Punjab Mental Hospital Lahore 1922-31 - 1922-1931
Year: 1922
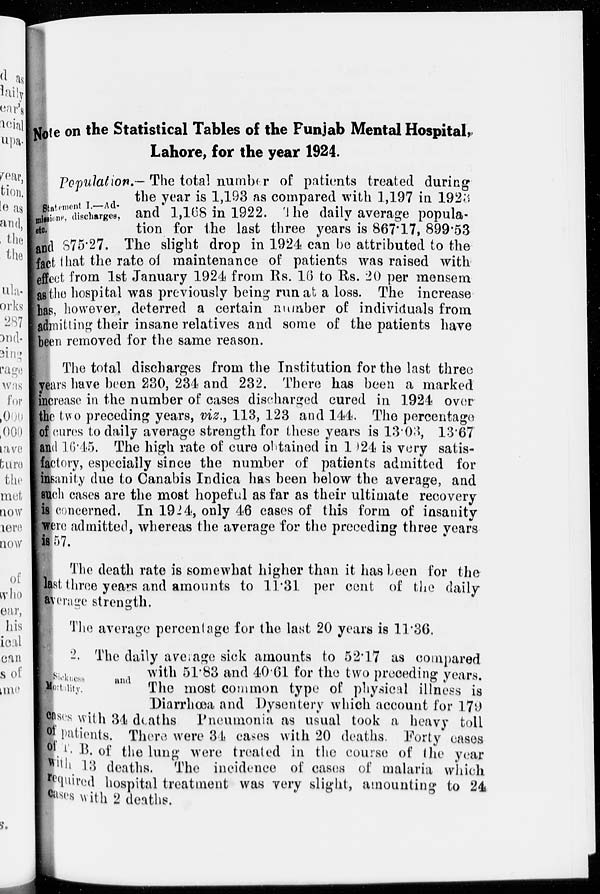
Note on the Statistical Tables of the Punjab Mental Hospital,
Lahore, for the year 1924.
Statement I.—Ad-
missions, discharges,
etc.
Population.— The total number of patients treated during
the year is 1,193 as compared with 1,197 in 1923
and 1,168 in 1922. The daily average popula-
tion for the last three years is 867.17, 899.53
and 875.27. The slight drop in 1924 can be attributed to the
fact that the rate of maintenance of patients was raised with
effect from 1st January 1924 from Rs. 16 to Rs. 20 per mensem
as the hospital was previously being run at a loss. The increase
has, however, deterred a certain number of individuals from
admitting their insane relatives and some of the patients have
been removed for the same reason.
The total discharges from the Institution for the last three
years have been 230, 234 and 232. There has been a marked
increase in the number of cases discharged cured in 1924 over
the two preceding years, viz., 113, 123 and 144. The percentage
of cures to daily average strength for these years is 13.03, 13.67
and 16.45. The high rate of cure obtained in 1924 is very satis-
factory, especially since the number of patients admitted for
insanity due to Canabis Indica has been below the average, and
such cases are the most hopeful as far as their ultimate recovery
is concerned. In 1924, only 46 cases of this form of insanity
were admitted, whereas the average for the preceding three years
is 57.
The death rate is somewhat higher than it has been for the
last three years and amounts to 11.31 per cent of the daily
average strength.
The average percentage for the last 20 years is 11.36.
Sickness
and
Mortality.
2. The daily average sick amounts to 52.17 as compared
with 51.83 and 40.61 for the two preceding years.
The most common type of physical illness is
Diarrhœa and Dysentery which account for 179
cases with 34 deaths Pneumonia as usual took a heavy toll
of patients. There were 34 cases with 20 deaths. Forty cases
of T. B. of the lung were treated in the course of the year
with 13 deaths. The incidence of cases of malaria which
required hospital treatment was very slight, amounting to 24
cases with 2 deaths.